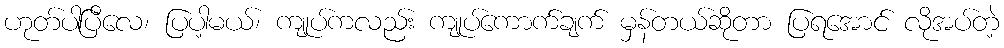
ဟုတ်ပါပြီလေ၊ ပြပါ့မယ်၊ ကျုပ်ကလည်း ကျုပ်ကောက်ချက် မှန်တယ်ဆိုတာ ပြရအောင် လိုအပ်တဲ့